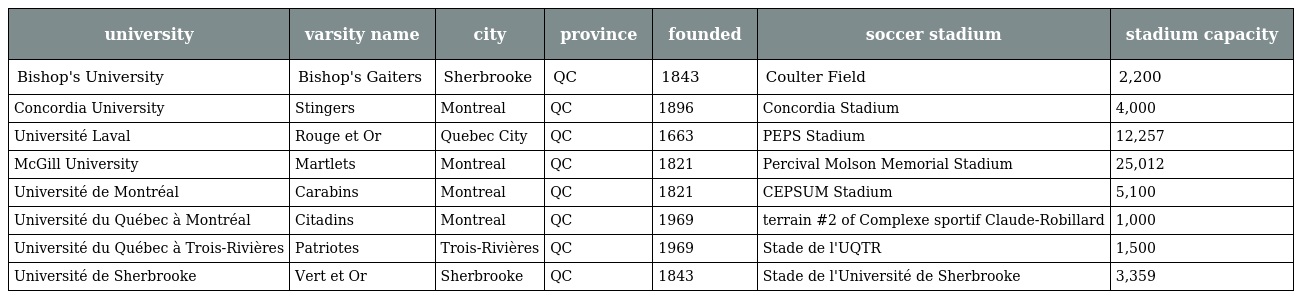
| university | varsity name | city | province | founded | soccer stadium | stadium capacity |
 | --- | --- | --- | --- | --- | --- | --- |
 | Bishop's University | Bishop's Gaiters | Sherbrooke | QC | 1843 | Coulter Field | 2,200 |
 | Concordia University | Stingers | Montreal | QC | 1896 | Concordia Stadium | 4,000 |
 | Université Laval | Rouge et Or | Quebec City | QC | 1663 | PEPS Stadium | 12,257 |
 | McGill University | Martlets | Montreal | QC | 1821 | Percival Molson Memorial Stadium | 25,012 |
 | Université de Montréal | Carabins | Montreal | QC | 1821 | CEPSUM Stadium | 5,100 |
 | Université du Québec à Montréal | Citadins | Montreal | QC | 1969 | terrain #2 of Complexe sportif Claude-Robillard | 1,000 |
 | Université du Québec à Trois-Rivières | Patriotes | Trois-Rivières | QC | 1969 | Stade de l'UQTR | 1,500 |
 | Université de Sherbrooke | Vert et Or | Sherbrooke | QC | 1843 | Stade de l'Université de Sherbrooke | 3,359 |